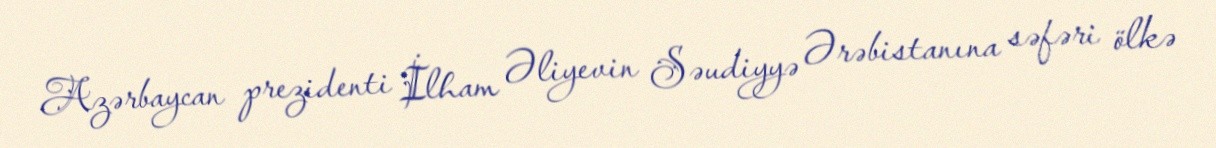
Azərbaycan prezidenti İlham Əliyevin Səudiyyə Ərəbistanına səfəri ölkə